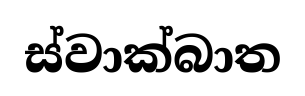
ස්වාක්බාත